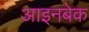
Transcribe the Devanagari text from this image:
आइनबेक